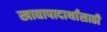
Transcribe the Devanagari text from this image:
खाद्यापादार्थांसाठी